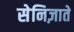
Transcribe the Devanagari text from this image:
सेनिज़ाते